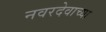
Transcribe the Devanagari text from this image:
नवरदेवाच्या